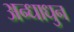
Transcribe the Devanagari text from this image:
अन्धाधुन